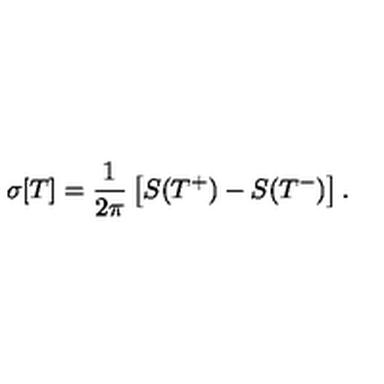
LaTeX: \sigma [ T ] = { \frac { 1 } { 2 \pi } } \left[ S ( T ^ { + } ) - S ( T ^ { - } ) \right] .